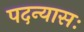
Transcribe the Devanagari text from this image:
पदन्यासः